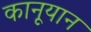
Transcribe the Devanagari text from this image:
कानूयान